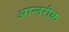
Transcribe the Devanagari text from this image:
आन्तरीक